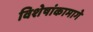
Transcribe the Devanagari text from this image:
विशेषांकामागे